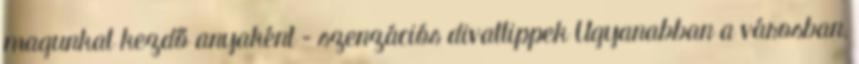
magunkat kezdő anyaként – szenzációs divattippek Ugyanabban a városban,